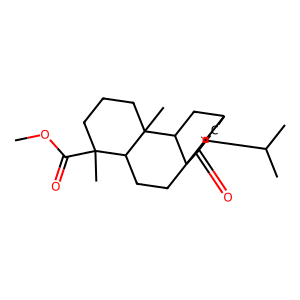
SMILES: COC(=O)C1(C)CCCC2(C)C1CCC13C=C(C(C)C)C(CC1=O)CC32
Inhibits HIV replication: No